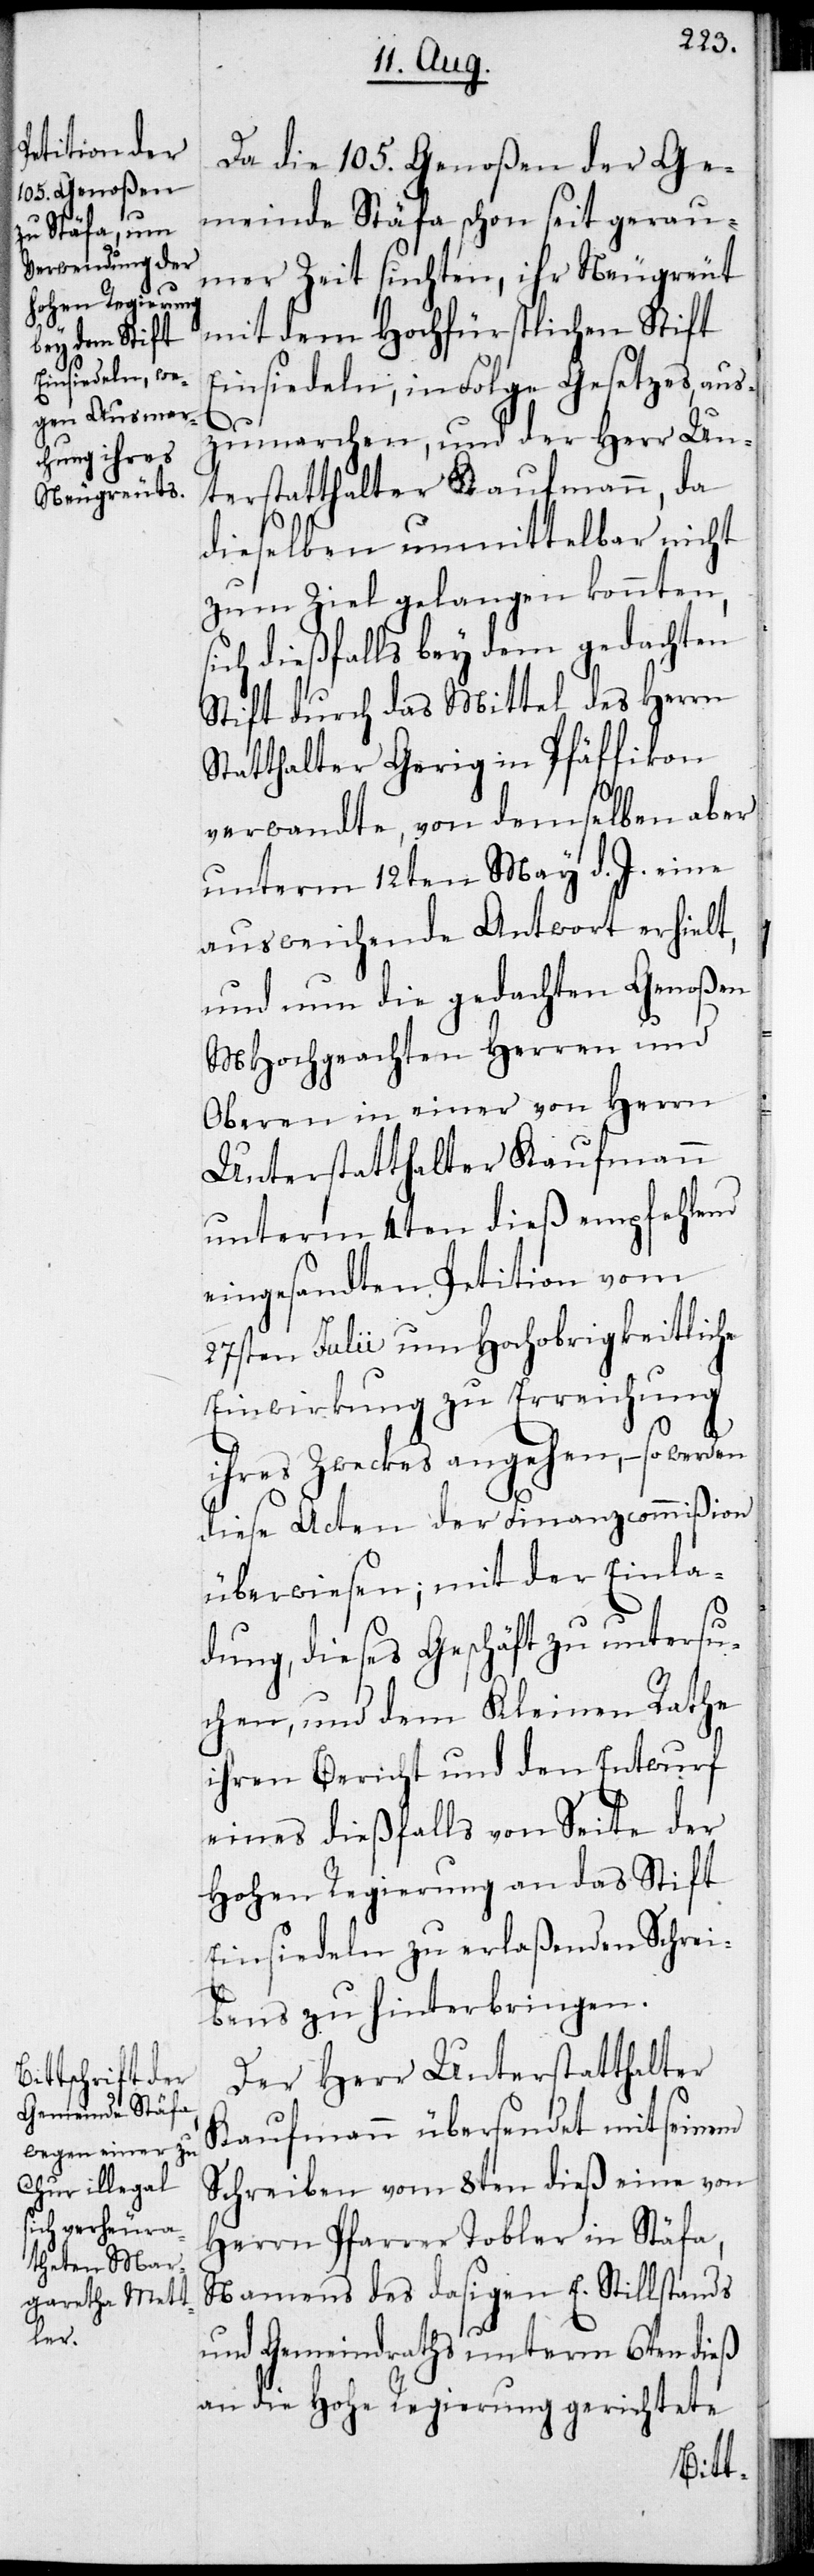
Da die 105. Genoßen der Ge¬
meinde Stäfa, schon seit gerau¬
mer Zeit suchten, ihre Neugreut
mit dem Hochfürstlichen Stift
Einsiedeln, in Folge Gesetzes, aus¬
zumarchen, und der Herr Un¬
terstatthalter Kaufmann, da
dieselben unmittelbar nicht
zum Ziel gelangen konnten,
sich dießfalls bey dem gedachten
Stift durch das Mittel des Herrn
Statthalter Gerig in Pfäffikon
verwandte, von demselben aber
unterm 12ten May d. J. eine
ausweichende Antwort erhielt,
und nun die gedachten Genoßen
MHochgeachten Herren und
Oberen in einer von Herrn
Unterstatthalter Kaufmann
unterm 4ten dieß empfehlend
eingesandten Petition vom
27sten Julii um Hochobrigkeitliche
Einwirkung zu Erreichung
ihres Zweckes angehen, – so werden
diese Acten der Finanzcommißion
überwiesen; mit der Einla¬
dung, dieses Geschäft zu untersu¬
chen, und dem Kleinen Rathe
ihren Bericht und den Entwurf
eines dießfalls von Seite der
Hohen Regierung an das Stift
Einsiedeln zu erlaßenden Schrei¬
bens zu hinterbringen.
Der Herr Unterstatthalter
Kaufmann übersendet mit seinem
Schreiben vom 8ten dieß eine von
Herrn Pfarrer Tobler in Stäfa,
Namens des dasigen E. Stillstands
und Gemeindraths unterm 6ten dieß
an die Hohe Regierung gerichtete